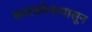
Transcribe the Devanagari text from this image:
काटकोनापासून